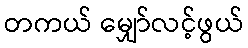
တကယ် မျှော်လင့်ဖွယ်